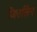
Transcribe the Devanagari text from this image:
जिउलिंग